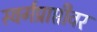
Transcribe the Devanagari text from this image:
स्वर्गप्राप्तीवर